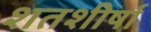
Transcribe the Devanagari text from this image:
शतशीर्षा